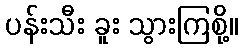
ပန်းသီး ခူး သွားကြစို့။